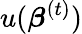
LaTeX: u({\boldsymbol{\beta}}^{(t)})